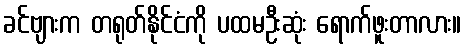
ခင်ဗျားက တရုတ်နိုင်ငံကို ပထမဦးဆုံး ရောက်ဖူးတာလား။